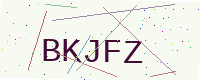
Text: BKJFZ